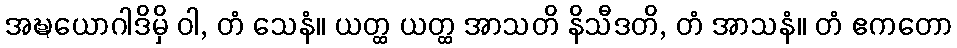
အဍ္ဎယောဂါဒိမှိ ဝါ, တံ သေနံ။ ယတ္ထ ယတ္ထ အာသတိ နိသီဒတိ, တံ အာသနံ။ တံ ဧကတော